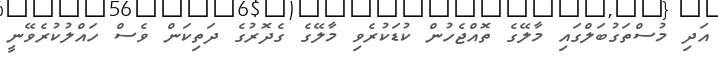
އަދި މުސްތަގުބަލްގައި މާލޭގެ ތޮއްޖެހުން ކުޑަކުރެވި މާލޭގެ ގެދޮރުގެ ދަތިކަން ވެސް ހައްލުކުރެވޭނީ